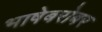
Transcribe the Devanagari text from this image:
भाषेबरोबर